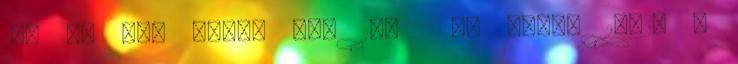
100 db Led piros LED 108 RD Handy 10723 8